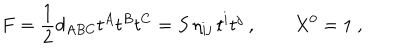
LaTeX: F = { \frac { 1 } { 2 } } d _ { A B C } t ^ { A } t ^ { B } t ^ { C } = S \, \eta _ { i j } \, t ^ { i } t ^ { j } \ , \qquad X ^ { 0 } = 1 \ ,